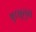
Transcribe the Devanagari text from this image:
पुरखुलूस